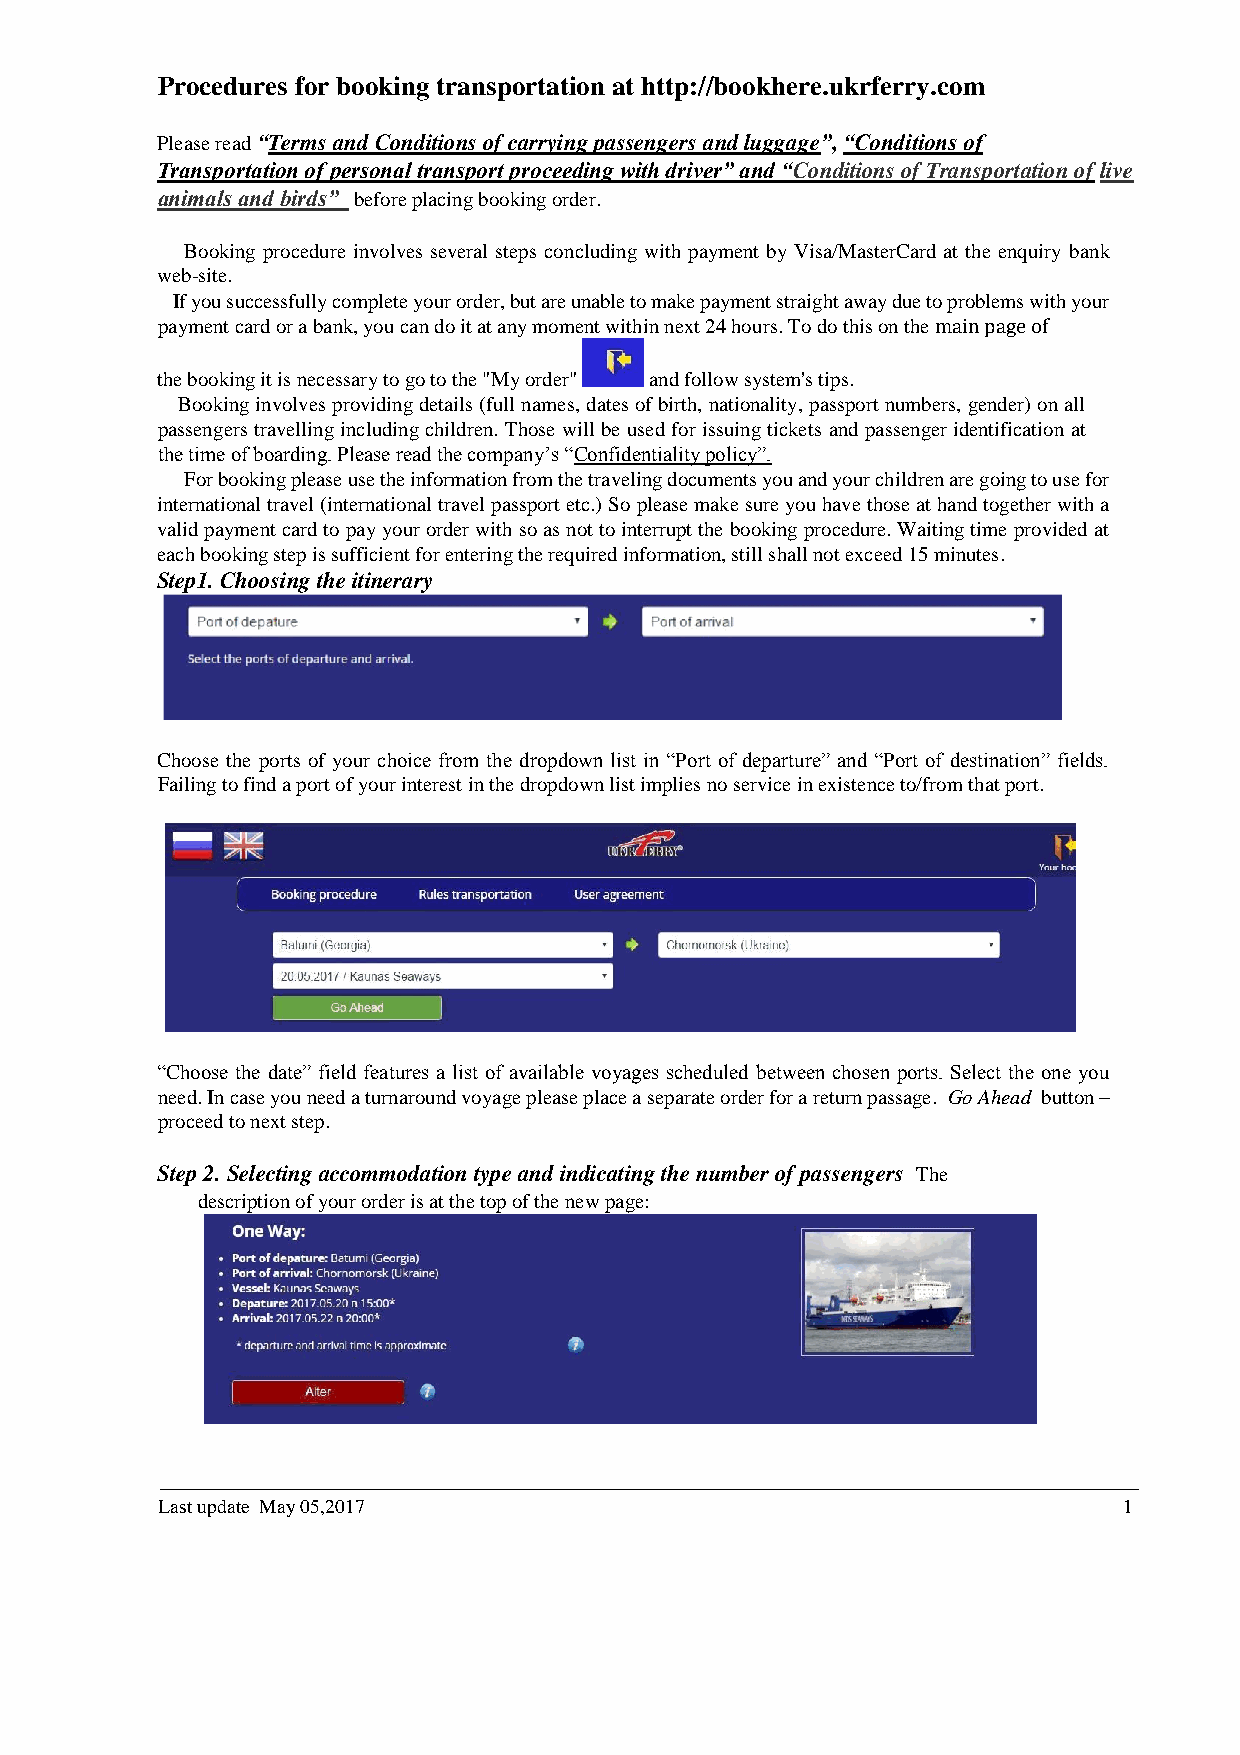
Procedures for booking transportation at http://bookhere.ukrferry.com
 Please read “Terms and Conditions of carrying passengers and luggage”, “Conditions of
 Transportation of personal transport proceeding with driver” and “Conditions of Transportation of live
 animals and birds” before placing booking order.
 Booking procedure involves several steps concluding with payment by Visa/MasterCard at the enquiry bank
 web-site.
 If you successfully complete your order, but are unable to make payment straight away due to problems with your
 payment card or a bank, you can do it at any moment within next 24 hours. To do this on the main page of
 the booking it is necessary to go to the "My order" and follow system's tips.
 Booking involves providing details (full names, dates of birth, nationality, passport numbers, gender) on all
 passengers travelling including children. Those will be used for issuing tickets and passenger identification at
 the time of boarding. Please read the company’s “Confidentiality policy”.
 For booking please use the information from the traveling documents you and your children are going to use for
 international travel (international travel passport etc.) So please make sure you have those at hand together with a
 valid payment card to pay your order with so as not to interrupt the booking procedure. Waiting time provided at
 each booking step is sufficient for entering the required information, still shall not exceed 15 minutes.
 Step1. Choosing the itinerary
 Choose the ports of your choice from the dropdown list in “Port of departure” and “Port of destination” fields.
 Failing to find a port of your interest in the dropdown list implies no service in existence to/from that port.
 “Choose the date” field features a list of available voyages scheduled between chosen ports. Select the one you
 need. In case you need a turnaround voyage please place a separate order for a return passage. Go Ahead button –
 proceed to next step.
 Step 2. Selecting accommodation type and indicating the number of passengers The
 description of your order is at the top of the new page:
 ___________________________________________________________________________________________________
 Last update May 05,2017                                         1